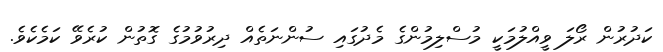
ކަދުރުން ރޯލަ ވީއްލުމަކީ މުސްލިމުންގެ މެދުގައި ސުންނަތެއް ދިރުވުމުގެ ގޮތުން ކުރެވޭ ކަމެކެވެ.